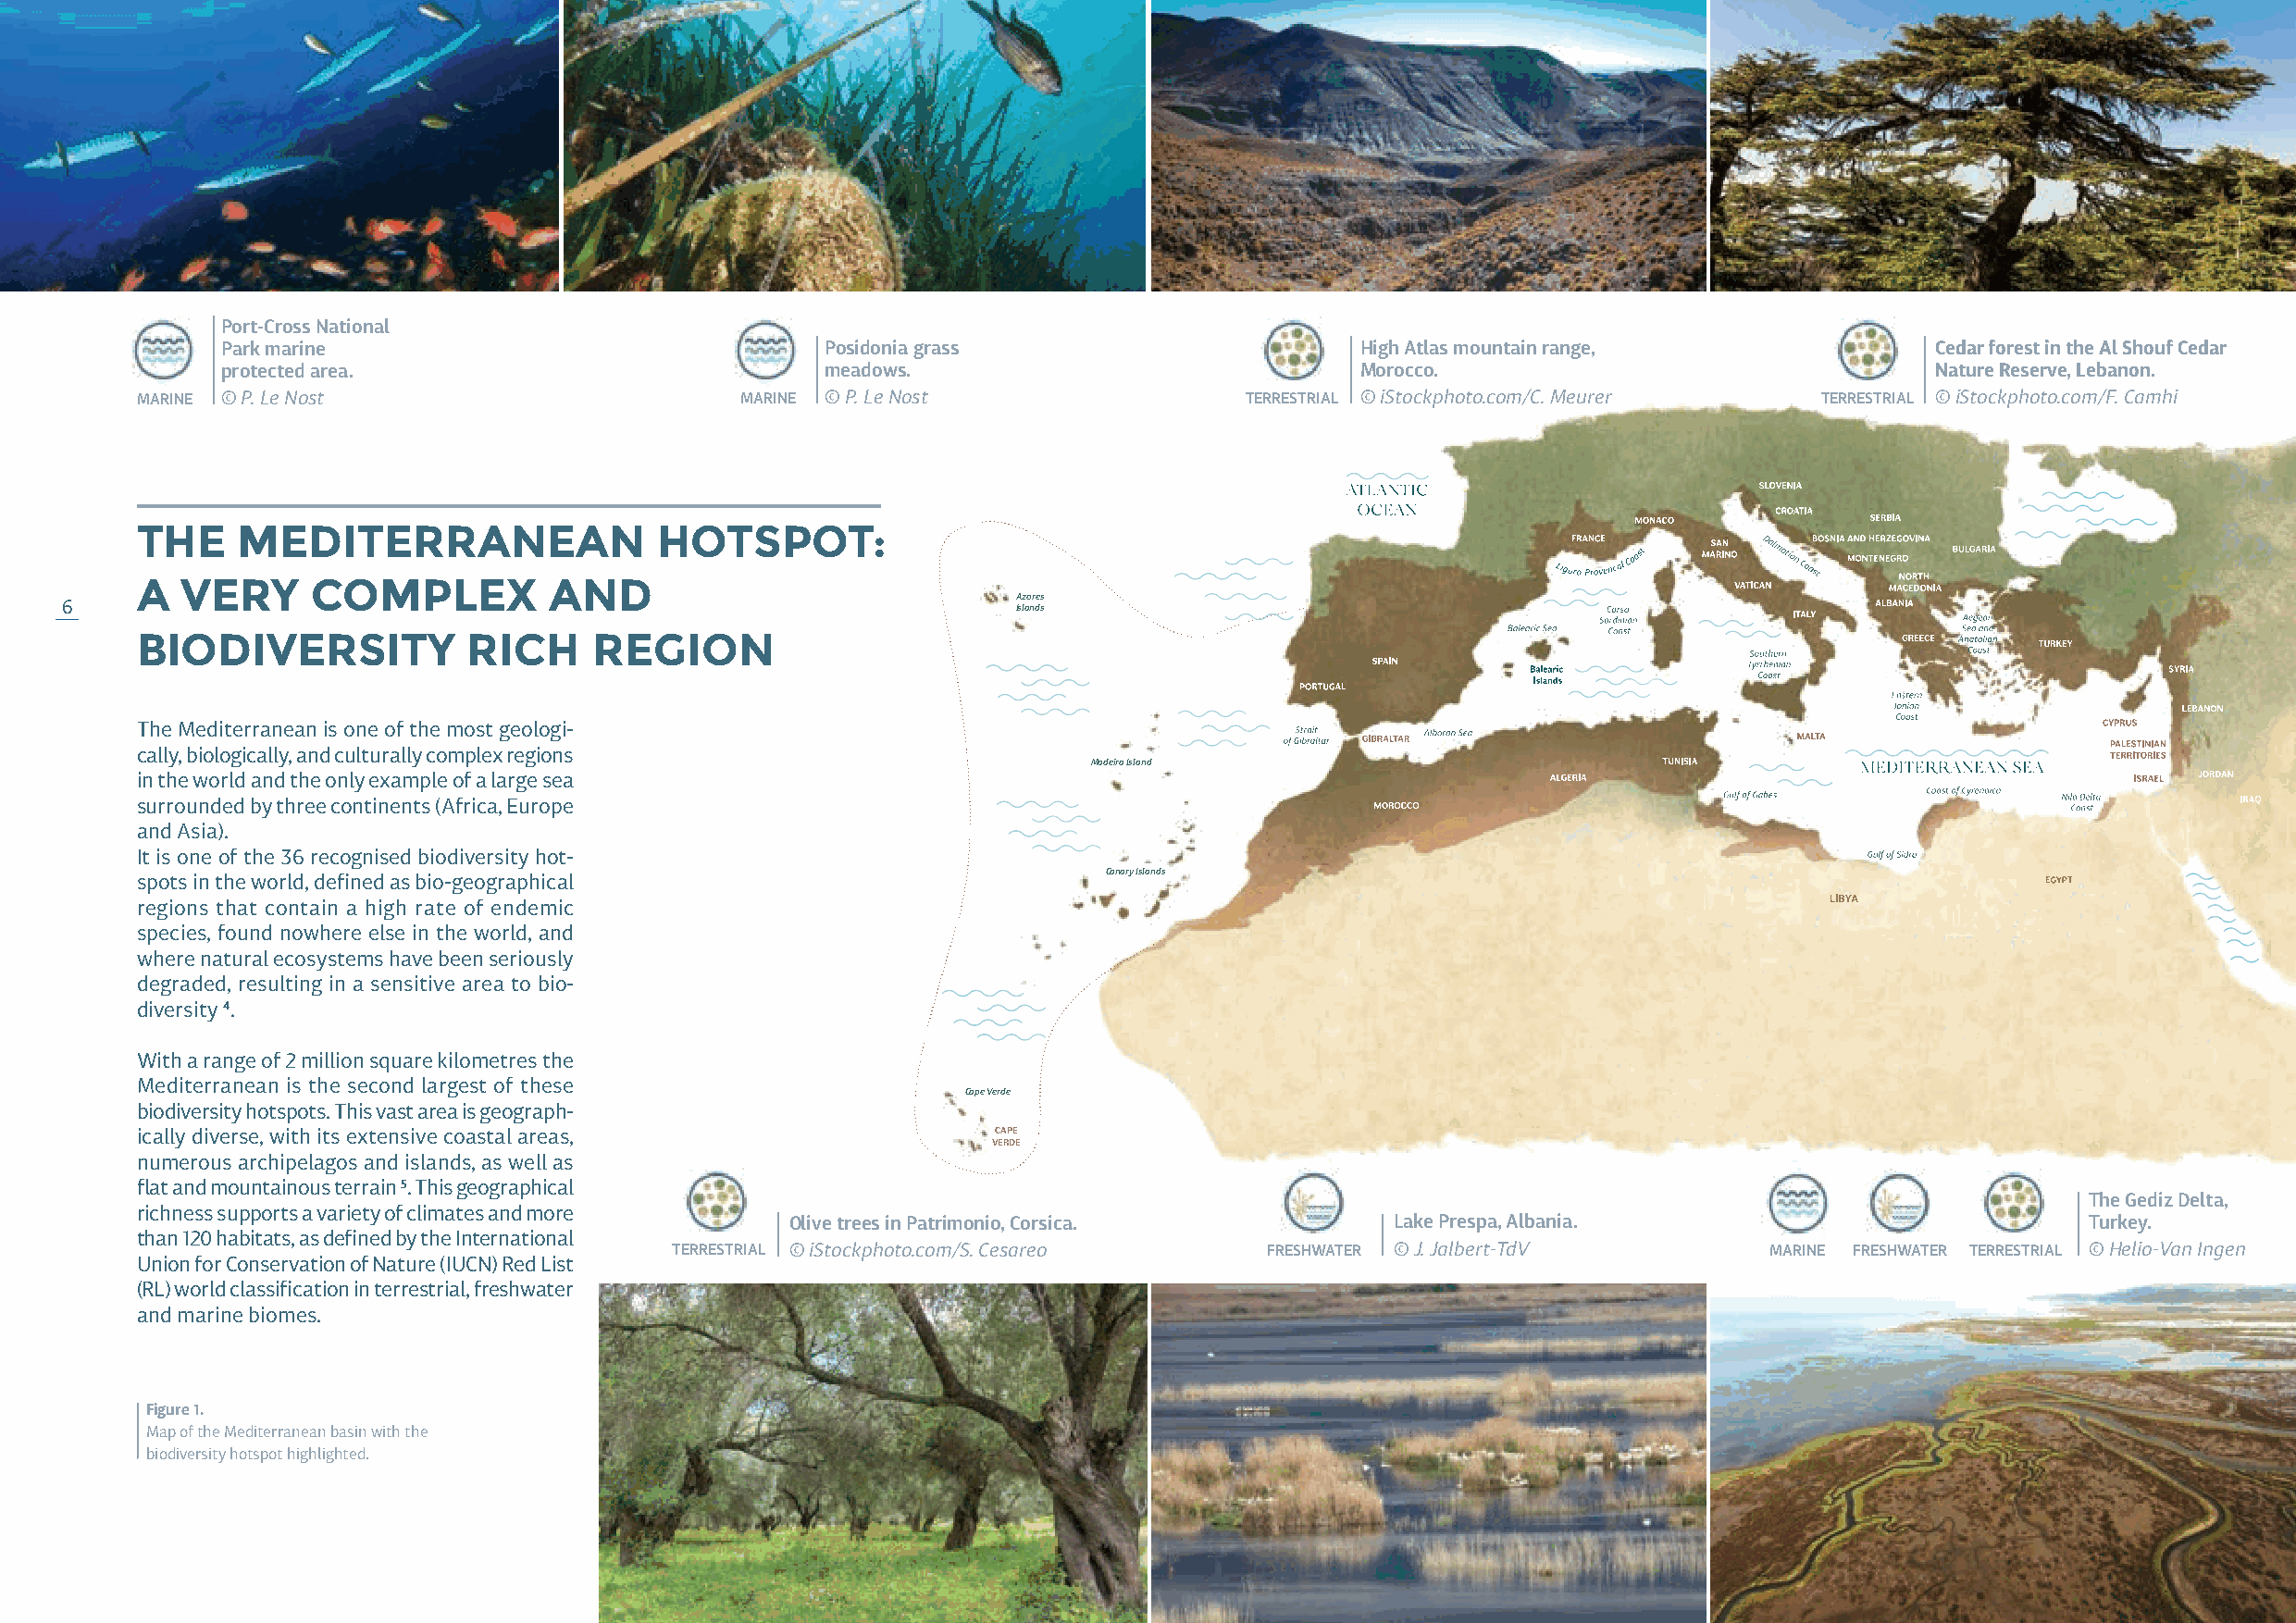
Port-Cross National
 Park marine                                Posidonia grass                       High Atlas mountain range,               Cedar forest in the Al Shouf Cedar
 protected area.                            meadows.                              Morocco.                                 Nature Reserve, Lebanon.
 MARINE © P. Le Nost                        MARINE © P. Le Nost                 TERRESTRIAL © iStockphoto.com/C. Meurer  TERRESTRIAL © iStockphoto.com/F. Camhi
 THE    MEDITERRANEAN                 HOTSPOT:
 A  VERY     COMPLEX          AND
 Azores
 6                                                                    Islands                                                                               7
 BIODIVERSITY           RICH     REGION
 The Mediterranean is one of the most geologi-
 cally, biologically, and culturally complex regions
 Madeira Island
 in the world and the only example of a large sea
 surrounded by three continents (Africa, Europe
 and Asia).
 It is one of the 36 recognised biodiversity hot-
 Canary Islands
 spots in the world, defined as bio-geographical
 regions that contain a high rate of endemic
 species, found nowhere else in the world, and
 where natural ecosystems have been seriously
 degraded, resulting in a sensitive area to bio-
 diversity 4.
 With a range of 2 million square kilometres the
 Mediterranean is the second largest of these
 Cape Verde
 biodiversity hotspots. This vast area is geograph-
 ically diverse, with its extensive coastal areas,            CAPE
 VERDE
 numerous archipelagos and islands, as well as
 flat and mountainous terrain 5. This geographical
 The Gediz Delta,
 richness supports a variety of climates and more
 Olive trees in Patrimonio, Corsica.         Lake Prespa, Albania.                            Turkey.
 than 120 habitats, as defined by the International
 TERRESTRIAL © iStockphoto.com/S. Cesareo   FRESHWATER © J. Jalbert-TdV         MARINE FRESHWATER TERRESTRIAL © Helio-Van Ingen
 Union for Conservation of Nature (IUCN) Red List
 (RL) world classification in terrestrial, freshwater
 and marine biomes.
 Figure 1.
 Map of the Mediterranean basin with the
 biodiversity hotspot highlighted.